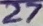
Text: 27